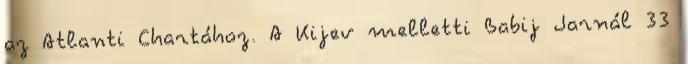
az Atlanti Chartához. A Kijev melletti Babij Jarnál 33